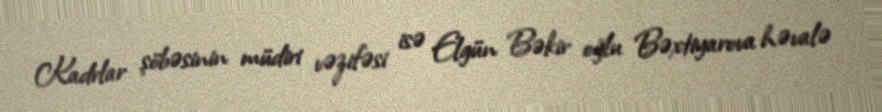
Kadrlar şöbəsinin müdiri vəzifəsi isə Elgün Bəkir oğlu Bəxtiyarova həvalə